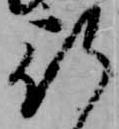
行